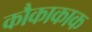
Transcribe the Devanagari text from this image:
कौकाकाक